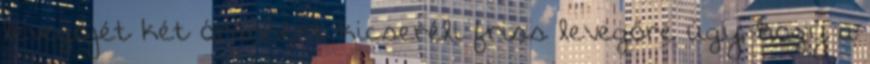
levegőjét két óránként kicseréli friss levegőre úgy, hogy a